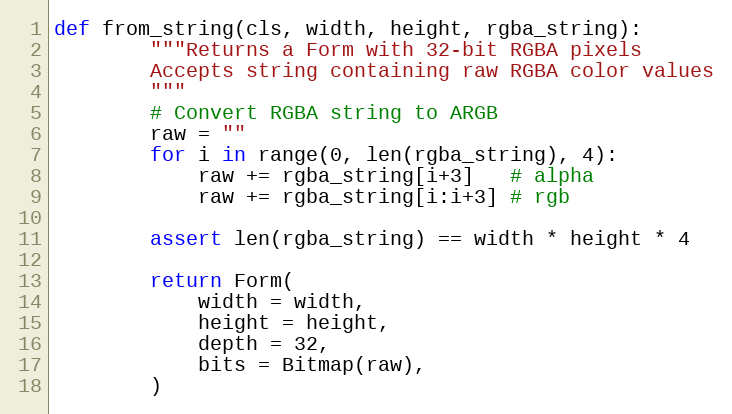
Language: Python
def from_string(cls, width, height, rgba_string):
        """Returns a Form with 32-bit RGBA pixels
        Accepts string containing raw RGBA color values
        """
        # Convert RGBA string to ARGB
        raw = ""
        for i in range(0, len(rgba_string), 4):
            raw += rgba_string[i+3]   # alpha
            raw += rgba_string[i:i+3] # rgb

        assert len(rgba_string) == width * height * 4

        return Form(
            width = width,
            height = height,
            depth = 32,
            bits = Bitmap(raw),
        )